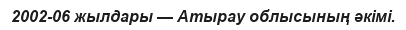
2002-06 жылдары — Атырау облысының әкімі.